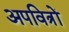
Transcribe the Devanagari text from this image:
अपवित्रों